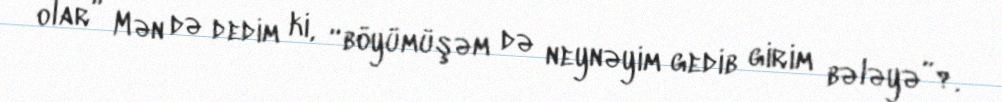
olar” Mən də dedim ki, “böyümüşəm də neynəyim gedib girim bələyə”?.